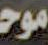
موحد